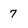
Character: 7